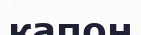
капон